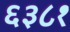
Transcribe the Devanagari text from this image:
६३८१